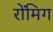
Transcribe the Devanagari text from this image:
रोंमिग